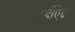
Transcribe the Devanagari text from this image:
कार्डीऐक